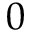
0